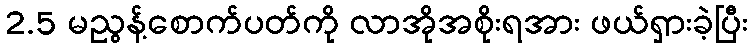
2.5 မညွန့်စောက်ပတ်ကို လာအိုအစိုးရအား ဖယ်ရှားခဲ့ပြီး